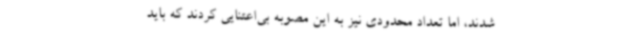
شدند، اما تعداد محدودی نیز به این مصوبه بی‌اعتنایی کردند که باید